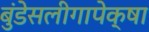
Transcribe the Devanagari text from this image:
बुंडेसलीगापेक्षा